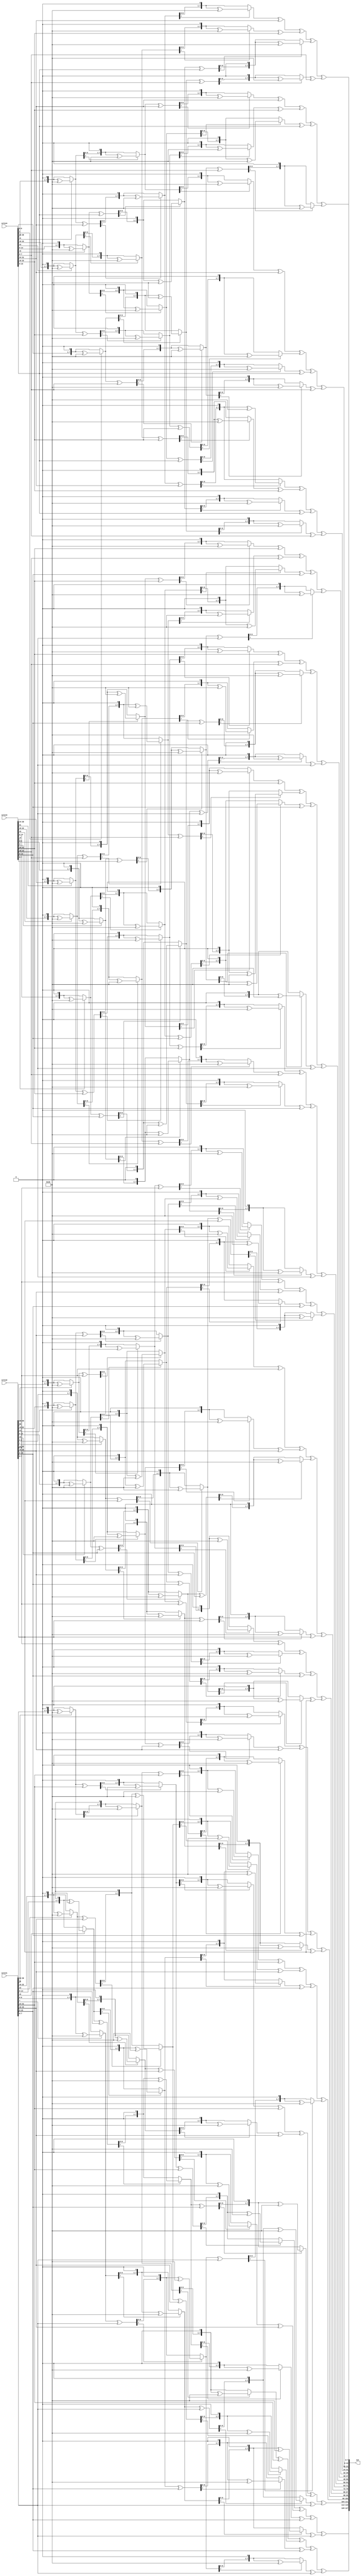
// Project title   : AES Accelerator integrated with PicoRV32I via AXI4-Lite master
// Description     : Hardware modules to perform AES decryption

module InvMixCols(
    input [31:0] colin1,
    input [31:0] colin2,
    input [31:0] colin3,
    input [31:0] colin4,
    output [127:0] out
);

reg [31:0] colout1, colout2, colout3, colout4;

//Function which implements multiplication by 2 in a GF(2^8)
function automatic [7:0] mul2 (input [7:0] a);
    begin
        mul2 = (a[7]) ? (({a[6:0],1'b0})^(8'b00011011)) : ({a[6:0],1'b0});
    end
endfunction

//In GF(2^8), multiplication by numbers 0x09, 0x0B, 0x0D and 0x0E is defined as given below
function automatic [7:0] mul (input [7:0] a, input [1:0] sel);   
    begin
        case(sel)
        2'b00: mul = mul2(mul2(mul2(a)))^a;          //x09
        2'b01: mul = mul2(mul2(mul2(a))^a)^a;        //x0B
        2'b10: mul = mul2(mul2(mul2(a)^a))^a;        //x0D
        2'b11: mul = mul2(mul2(mul2(a)^a)^a);        //x0E
        endcase
    end
endfunction

//InvMixCols is a matrix multiplication involving 16 computations. These 16 computations are hardcoded below
always @(*)
begin
    colout1[31:24] = mul(colin1[31:24],2'b11)^mul(colin1[23:16],2'b01)^mul(colin1[15:8],2'b10)^mul(colin1[7:0],2'b00);
    colout2[31:24] = mul(colin2[31:24],2'b11)^mul(colin2[23:16],2'b01)^mul(colin2[15:8],2'b10)^mul(colin2[7:0],2'b00);
    colout3[31:24] = mul(colin3[31:24],2'b11)^mul(colin3[23:16],2'b01)^mul(colin3[15:8],2'b10)^mul(colin3[7:0],2'b00);
    colout4[31:24] = mul(colin4[31:24],2'b11)^mul(colin4[23:16],2'b01)^mul(colin4[15:8],2'b10)^mul(colin4[7:0],2'b00);

    colout1[23:16] = mul(colin1[31:24],2'b00)^mul(colin1[23:16],2'b11)^mul(colin1[15:8],2'b01)^mul(colin1[7:0],2'b10);
    colout2[23:16] = mul(colin2[31:24],2'b00)^mul(colin2[23:16],2'b11)^mul(colin2[15:8],2'b01)^mul(colin2[7:0],2'b10);
    colout3[23:16] = mul(colin3[31:24],2'b00)^mul(colin3[23:16],2'b11)^mul(colin3[15:8],2'b01)^mul(colin3[7:0],2'b10);
    colout4[23:16] = mul(colin4[31:24],2'b00)^mul(colin4[23:16],2'b11)^mul(colin4[15:8],2'b01)^mul(colin4[7:0],2'b10);

    colout1[15:8] = mul(colin1[31:24],2'b10)^mul(colin1[23:16],2'b00)^mul(colin1[15:8],2'b11)^mul(colin1[7:0],2'b01);
    colout2[15:8] = mul(colin2[31:24],2'b10)^mul(colin2[23:16],2'b00)^mul(colin2[15:8],2'b11)^mul(colin2[7:0],2'b01);
    colout3[15:8] = mul(colin3[31:24],2'b10)^mul(colin3[23:16],2'b00)^mul(colin3[15:8],2'b11)^mul(colin3[7:0],2'b01);
    colout4[15:8] = mul(colin4[31:24],2'b10)^mul(colin4[23:16],2'b00)^mul(colin4[15:8],2'b11)^mul(colin4[7:0],2'b01);

    colout1[7:0] = mul(colin1[31:24],2'b01)^mul(colin1[23:16],2'b10)^mul(colin1[15:8],2'b00)^mul(colin1[7:0],2'b11);
    colout2[7:0] = mul(colin2[31:24],2'b01)^mul(colin2[23:16],2'b10)^mul(colin2[15:8],2'b00)^mul(colin2[7:0],2'b11);
    colout3[7:0] = mul(colin3[31:24],2'b01)^mul(colin3[23:16],2'b10)^mul(colin3[15:8],2'b00)^mul(colin3[7:0],2'b11);
    colout4[7:0] = mul(colin4[31:24],2'b01)^mul(colin4[23:16],2'b10)^mul(colin4[15:8],2'b00)^mul(colin4[7:0],2'b11);
end

//The final 128-bit output is a simple concatenation of the output columns we got
assign out = {colout1, colout2, colout3, colout4};

endmodule